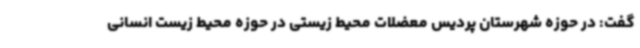
گفت: در حوزه شهرستان پردیس معضلات محیط زیستی در حوزه محیط زیست انسانی